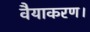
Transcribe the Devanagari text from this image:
वैयाकरण।